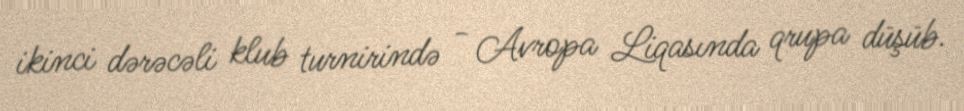
ikinci dərəcəli klub turnirində - Avropa Liqasında qrupa düşüb.